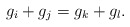
\begin{align*}g_i+g_j=g_k+g_l.\end{align*}